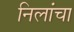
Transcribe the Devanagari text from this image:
निलांचा